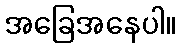
အခြေအနေပါ။